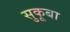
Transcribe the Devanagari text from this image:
सुकूबा